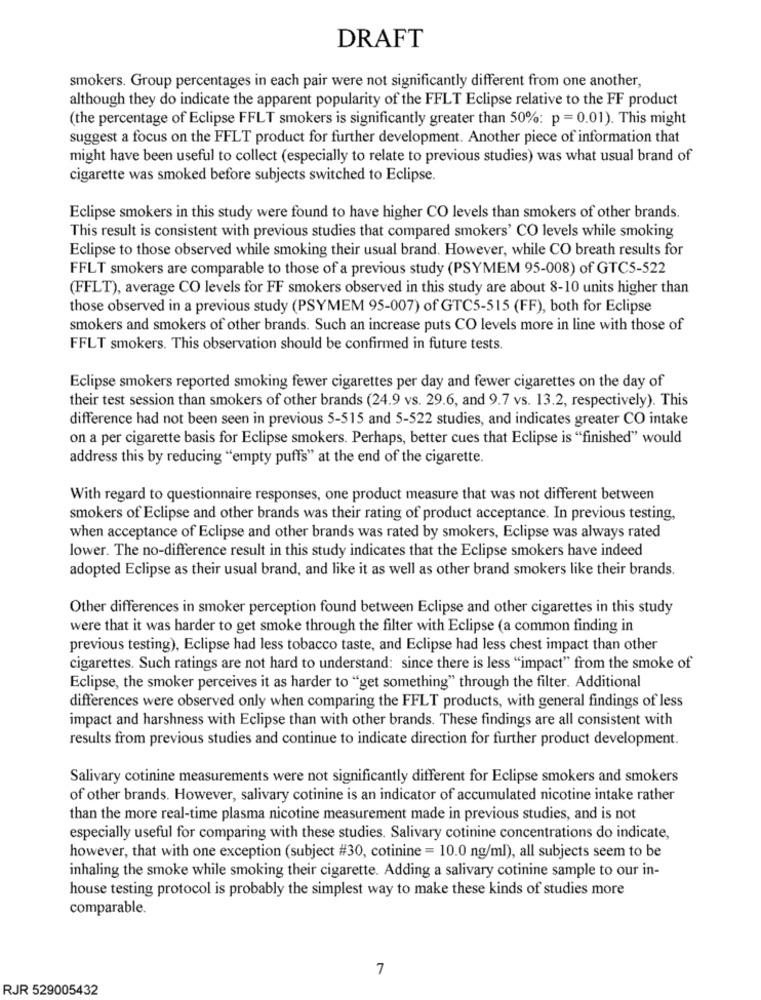
DRAFT
smokers. Group percentages in each pair were not significantly different from one another,
although they do indicate the apparent popularity of the FFLT Eclipse relative to the FF product
(the percentage of Eclipse FFLT smokers is significantly greater than 50%: p =0.01). This might
suggest a focus on the FFLT product for further development. Another piece of information that
might have been useful to collect (especially to relate to previous studies) was what usual brand of
cigarette was smoked before subjects switched to Eclipse.
Eclipse smokers in this study were found to have higher CO levels than smokers of other brands.
This result is consistent with previous studies that compared smokers' CO levels while smoking
Eclipse to those observed while smoking their usual brand. However, while CO breath results for
FFLT smokers are comparable to those of a previous study (PSYMEM 95-008) of GTC5-522
(FFLT), average CO levels for FF smokers observed in this study are about 8-10 units higher than
those observed in a previous study (PSYMEM 95-007) of GTC5-515 (FF), both for Eclipse
smokers and smokers of other brands. Such an increase puts CO levels more in line with those of
FFLT smokers. This observation should be confirmed in future tests.
Eclipse smokers reported smoking fewer cigarettes per day and fewer cigarettes on the day of
their test session than smokers of other brands (24.9 vs. 29.6, and 9.7 vs. 13.2, respectively). This
difference had not been seen in previous 5-515 and 5-522 studies, and indicates greater CO intake
on a per cigarette basis for Eclipse smokers. Perhaps, better cues that Eclipse is "finished" would
address this by reducing "empty puffs" at the end of the cigarette.
With regard to questionnaire responses, one product measure that was not different between
smokers of Eclipse and other brands was their rating of product acceptance. In previous testing,
when acceptance of Eclipse and other brands was rated by smokers, Eclipse was always rated
lower. The no-difference result in this study indicates that the Eclipse smokers have indeed
adopted Eclipse as their usual brand, and like it as well as other brand smokers like their brands.
Other differences in smoker perception found between Eclipse and other cigarettes in this study
were that it was harder to get smoke through the filter with Eclipse (a common finding in
previous testing), Eclipse had less tobacco taste, and Eclipse had less chest impact than other
cigarettes. Such ratings are not hard to understand: since there is less "impact" from the smoke of
Eclipse, the smoker perceives it as harder to "get something" through the filter. Additional
differences were observed only when comparing the FFLT products, with general findings of less
impact and harshness with Eclipse than with other brands. These findings are all consistent with
results from previous studies and continue to indicate direction for further product development.
Salivary cotinine measurements were not significantly different for Eclipse smokers and smokers
of other brands. However, salivary cotinine is an indicator of accumulated nicotine intake rather
than the more real-time plasma nicotine measurement made in previous studies, and is not
especially useful for comparing with these studies. Salivary cotinine concentrations do indicate,
however, that with one exception (subject #30, cotinine = 10.0 ng/ml), all subjects seem to be
inhaling the smoke while smoking their cigarette. Adding a salivary cotinine sample to our in-
house testing protocol is probably the simplest way to make these kinds of studies more
comparable.
7
RJR 529005432